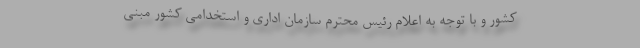
کشور و با توجه به اعلام رئیس محترم سازمان اداری و استخدامی کشور مبنی